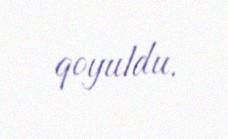
qoyuldu.